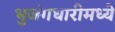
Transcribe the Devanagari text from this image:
भुजंगधारीमध्ये